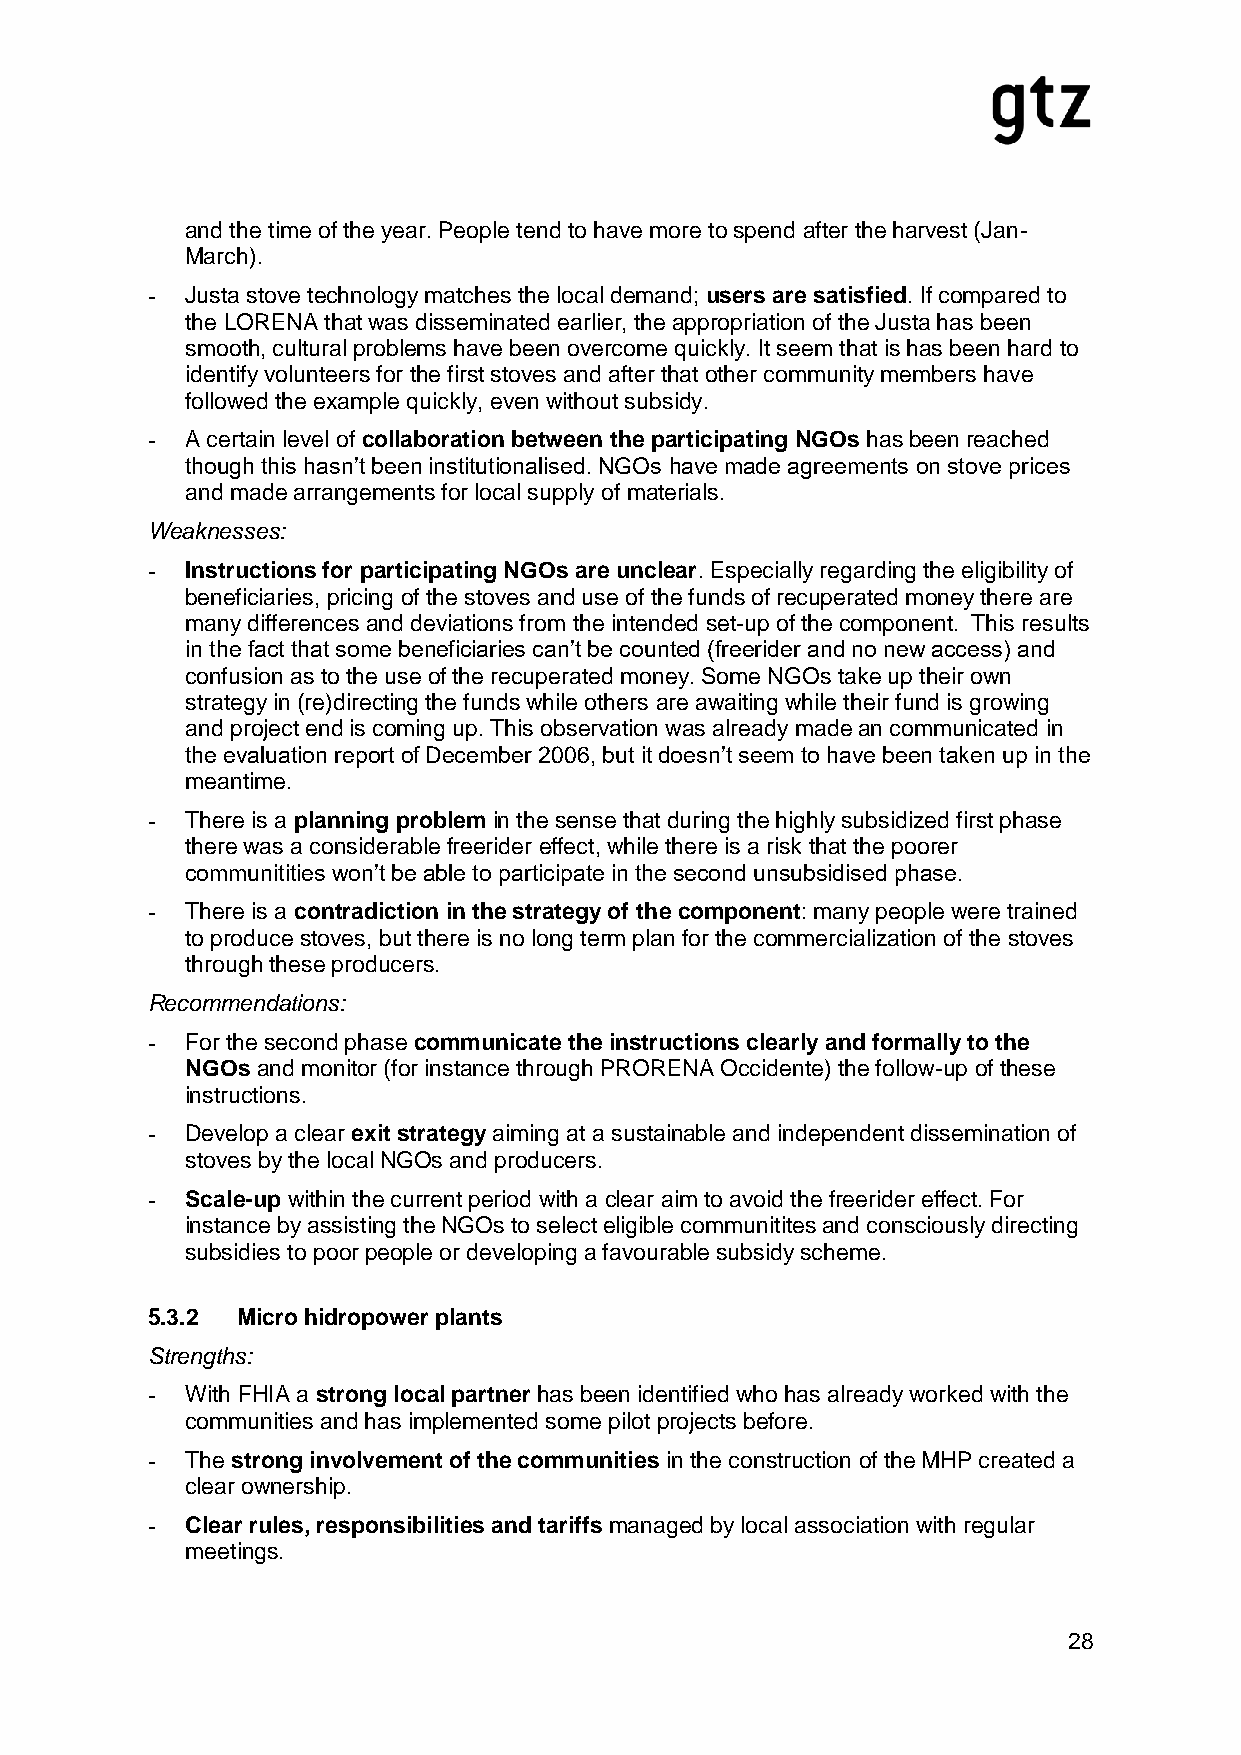
and the time of the year. People tend to have more to spend after the harvest (Jan-
 March).
 - Justa stove technology matches the local demand; users are satisfied. If compared to
 the LORENA that was disseminated earlier, the appropriation of the Justa has been
 smooth, cultural problems have been overcome quickly. It seem that is has been hard to
 identify volunteers for the first stoves and after that other community members have
 followed the example quickly, even without subsidy.
 - A certain level of collaboration between the participating NGOs has been reached
 though this hasn’t been institutionalised. NGOs have made agreements on stove prices
 and made arrangements for local supply of materials.
 Weaknesses:
 - Instructions for participating NGOs are unclear. Especially regarding the eligibility of
 beneficiaries, pricing of the stoves and use of the funds of recuperated money there are
 many differences and deviations from the intended set-up of the component. This results
 in the fact that some beneficiaries can’t be counted (freerider and no new access) and
 confusion as to the use of the recuperated money. Some NGOs take up their own
 strategy in (re)directing the funds while others are awaiting while their fund is growing
 and project end is coming up. This observation was already made an communicated in
 the evaluation report of December 2006, but it doesn’t seem to have been taken up in the
 meantime.
 - There is a planning problem in the sense that during the highly subsidized first phase
 there was a considerable freerider effect, while there is a risk that the poorer
 communitities won’t be able to participate in the second unsubsidised phase.
 - There is a contradiction in the strategy of the component: many people were trained
 to produce stoves, but there is no long term plan for the commercialization of the stoves
 through these producers.
 Recommendations:
 - For the second phase communicate the instructions clearly and formally to the
 NGOs and monitor (for instance through PRORENA Occidente) the follow-up of these
 instructions.
 - Develop a clear exit strategy aiming at a sustainable and independent dissemination of
 stoves by the local NGOs and producers.
 - Scale-up within the current period with a clear aim to avoid the freerider effect. For
 instance by assisting the NGOs to select eligible communitites and consciously directing
 subsidies to poor people or developing a favourable subsidy scheme.
 5.3.2 Micro hidropower plants
 Strengths:
 - With FHIA a strong local partner has been identified who has already worked with the
 communities and has implemented some pilot projects before.
 - The strong involvement of the communities in the construction of the MHP created a
 clear ownership.
 - Clear rules, responsibilities and tariffs managed by local association with regular
 meetings.
 28